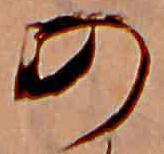
の